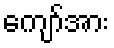
ကျော်အား